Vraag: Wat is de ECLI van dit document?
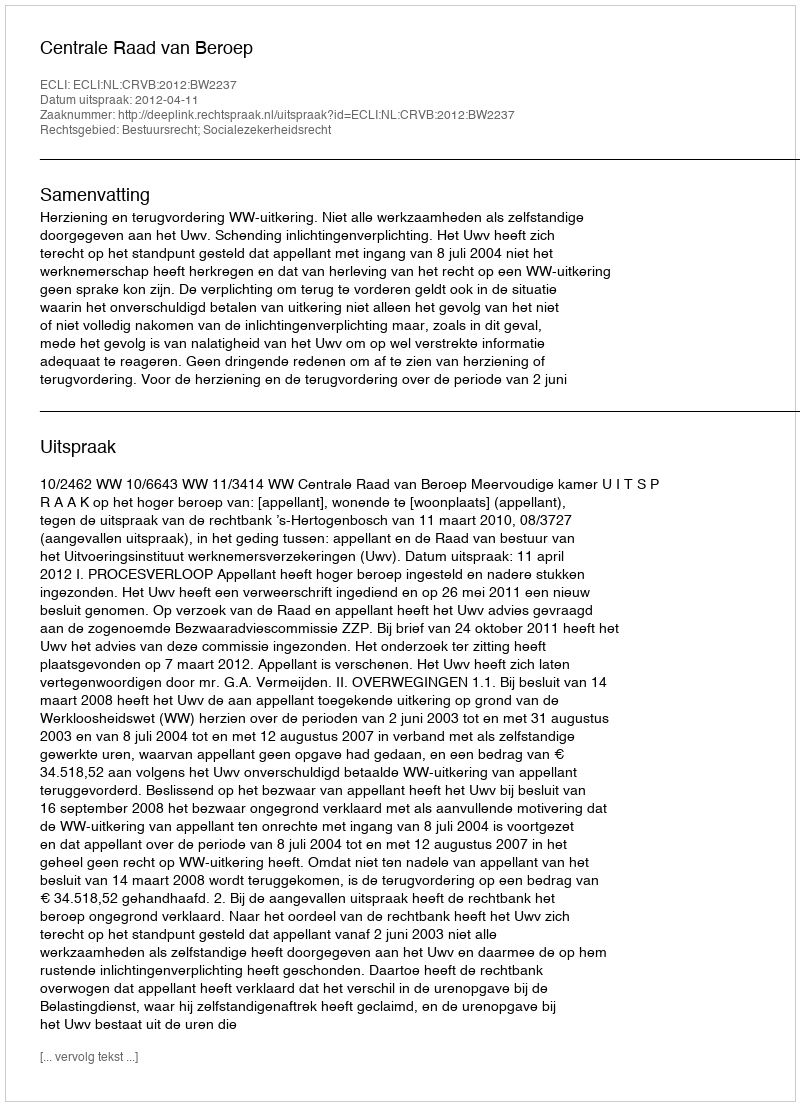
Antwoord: ECLI:NL:CRVB:2012:BW2237